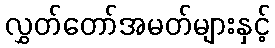
လွှတ်တော်အမတ်များနှင့်